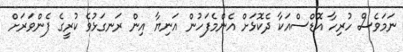
ނަމަވެސް ހުރިހާ އޮޑްސްއަކާ ދެކޮޅަށް އެންމެފަހުން އަނިޔާ އިން ރަނގަޅުވެ ކުރީގެ ފެންވަރަށް